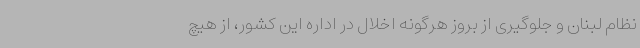
نظام لبنان و جلوگیری از بروز هرگونه اخلال در اداره این کشور، از هیچ